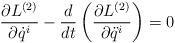
LaTeX: \begin{align*}\frac{\partial L^{(2)}}{\partial \dot{q}^{i}}-\frac{d}{dt}\left(\frac{\partial L^{(2)}}{\partial \ddot{q}^{i}}\right)=0\end{align*}